Report on vaccination in the Province of Bengal - 1874-1889
Year: 1874
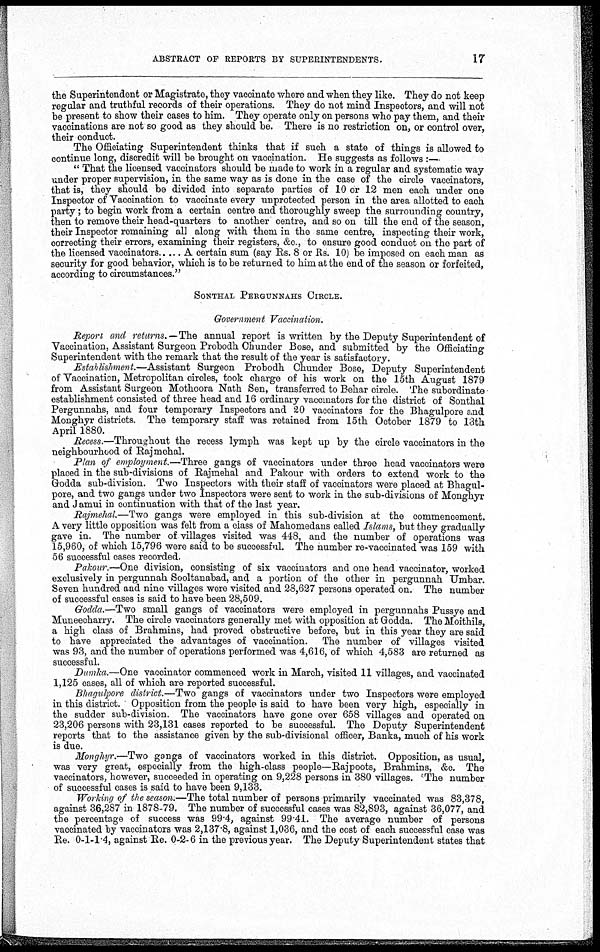
ABSTRACT OF REPORTS BY SUPERINTENDENTS.
17
the Superintendent or Magistrate, they vaccinate where and when they like. They do not keep
regular and truthful records of their operations. They do not mind Inspectors, and will not
be present to show their cases to him. They operate only on persons who pay them, and their
vaccinations are not so good as they should be. There is no restriction on, or control over,
their conduct.
The Officiating Superintendent thinks that if such a state of things is allowed to
continue long, discredit will be brought on vaccination. He suggests as follows :—
" That the licensed vaccinators should be made to work in a regular and systematic way
under proper supervision, in the same way as is done in the case of the circle vaccinators,
that is, they should be divided into separate parties of 10 or 12 men each under one
Inspector of Vaccination to vaccinate every unprotected person in the area allotted to each
party; to begin work from a certain centre and thoroughly sweep the surrounding country,
then to remove their head-quarters to another centre, and so on till the end of the season,
their Inspector remaining all along with them in the same centre, inspecting their work,
correcting their errors, examining their registers, &c, to ensure good conduct on the part of
the licensed vaccinators
A certain sum (say Rs. 8 or Rs. 10) be imposed on each man as
security for good behavior, which is to be returned to him at the end of the season or forfeited,
according to circumstances."
SONTHAL PERGUNNAHS CIRCLE.
Government Vaccination.
Report and returns. —The annual report is written by the Deputy Superintendent of
Vaccination, Assistant Surgeon Probodh Chunder Bose, and submitted by the Officiating
Superintendent with the remark that the result of the year is satisfactory.
Establishment.—Assistant Surgeon Probodh Chunder Bose, Deputy Superintendent
of Vaccination, Metropolitan circles, took charge of his work on the 15th August 1879
from Assistant Surgeon Mothoora Nath Sen, transferred to Behar circle. The subordinate
establishment consisted of three head and 16 ordinary vaccinators for the district of Sonthal
Pergunnahs, and four temporary Inspectors and 20 vaccinators for the Bhagulpore and
Monghyr districts. The temporary staff was retained from 15th October 1879 to 13th
April 1880.
Recess.—Throughout the recess lymph was kept up by the circle vaccinators in the
neighbourhood of Rajmehal.
Plan of employment.—Three gangs of vaccinators under three head vaccinators were
placed in the sub-divisions of Rajmehal and Pakour with orders to extend work to the
Godda sub-division. Two Inspectors with their staff of vaccinators were placed at Bhagul-
pore, and two gangs under two Inspectors were sent to work in the sub-divisions of Monghyr
and J amui in continuation with that of the last year.
Rajmehal.—Two gangs were employed in this sub-division at the commencement.
A very little opposition was felt from a class of Mahomedans called Islams, but they gradually
gave in. The number of villages visited was 448, and the number of operations was
15,960, of which 15,796 were said to be successful. The number re-vaccinated was 159 with
56 successful cases recorded.
Pakour.—One division, consisting of six vaccinators and one head vaccinator, worked
exclusively in pergunnah Sooltanabad, and a portion of the other in pergunnah Umbar.
Seven hundred and nine villages were visited and 28,627 persons operated on. The number
of successful cases is said to have been 28,509.
Godda.—Two small gangs of vaccinators were employed in pergunnahs Pussye and
Muneecharry. The circle vaccinators generally met with opposition at Godda. The Moithils,
a high class of Brahmins, had proved obstructive before, but in this year they are said
to have appreciated the advantages of vaccination. The number of villages visited
was 93, and the number of operations performed was 4,616, of which 4,583 are returned as
successful.
Dumka.—One vaccinator commenced work in March, visited 11 villages, and vaccinated
1,125 cases, all of which are reported successful.
Bhagulpore district.—Two gangs of vaccinators under two Inspectors were employed
in this district. Opposition from the people is said to have been very high, especially in
the sudder sub-division. The vaccinators have gone over 658 villages and operated on
23,206 persons with 23,131 cases reported to be successful. The Deputy Superintendent
reports that to the assistance given by the sub-divisional officer, Banka, much of his work
is due.
Monghyr.—Two gangs of vaccinators worked in this district. Opposition, as usual,
was very great, especially from the high-class people—Rajpoots, Brahmins, &c. The
vaccinators, however, succeeded in operating on 9,228 persons in 380 villages. The number
of successful cases is said to have been 9,133.
Working of the season.—The total number of persons primarily vaccinated was 83,378,
against 36,287 in 1878-79. The number of successful cases was 82,893, against 36,077, and
the percentage of success was 99.4, against 99.41. The average number of persons
vaccinated by vaccinators was 2,137.8, against 1,036, and the cost of each successful case was
Re. 0-1-1.4, against Re. 0-2-6 in the previous year. The Deputy Superintendent states that